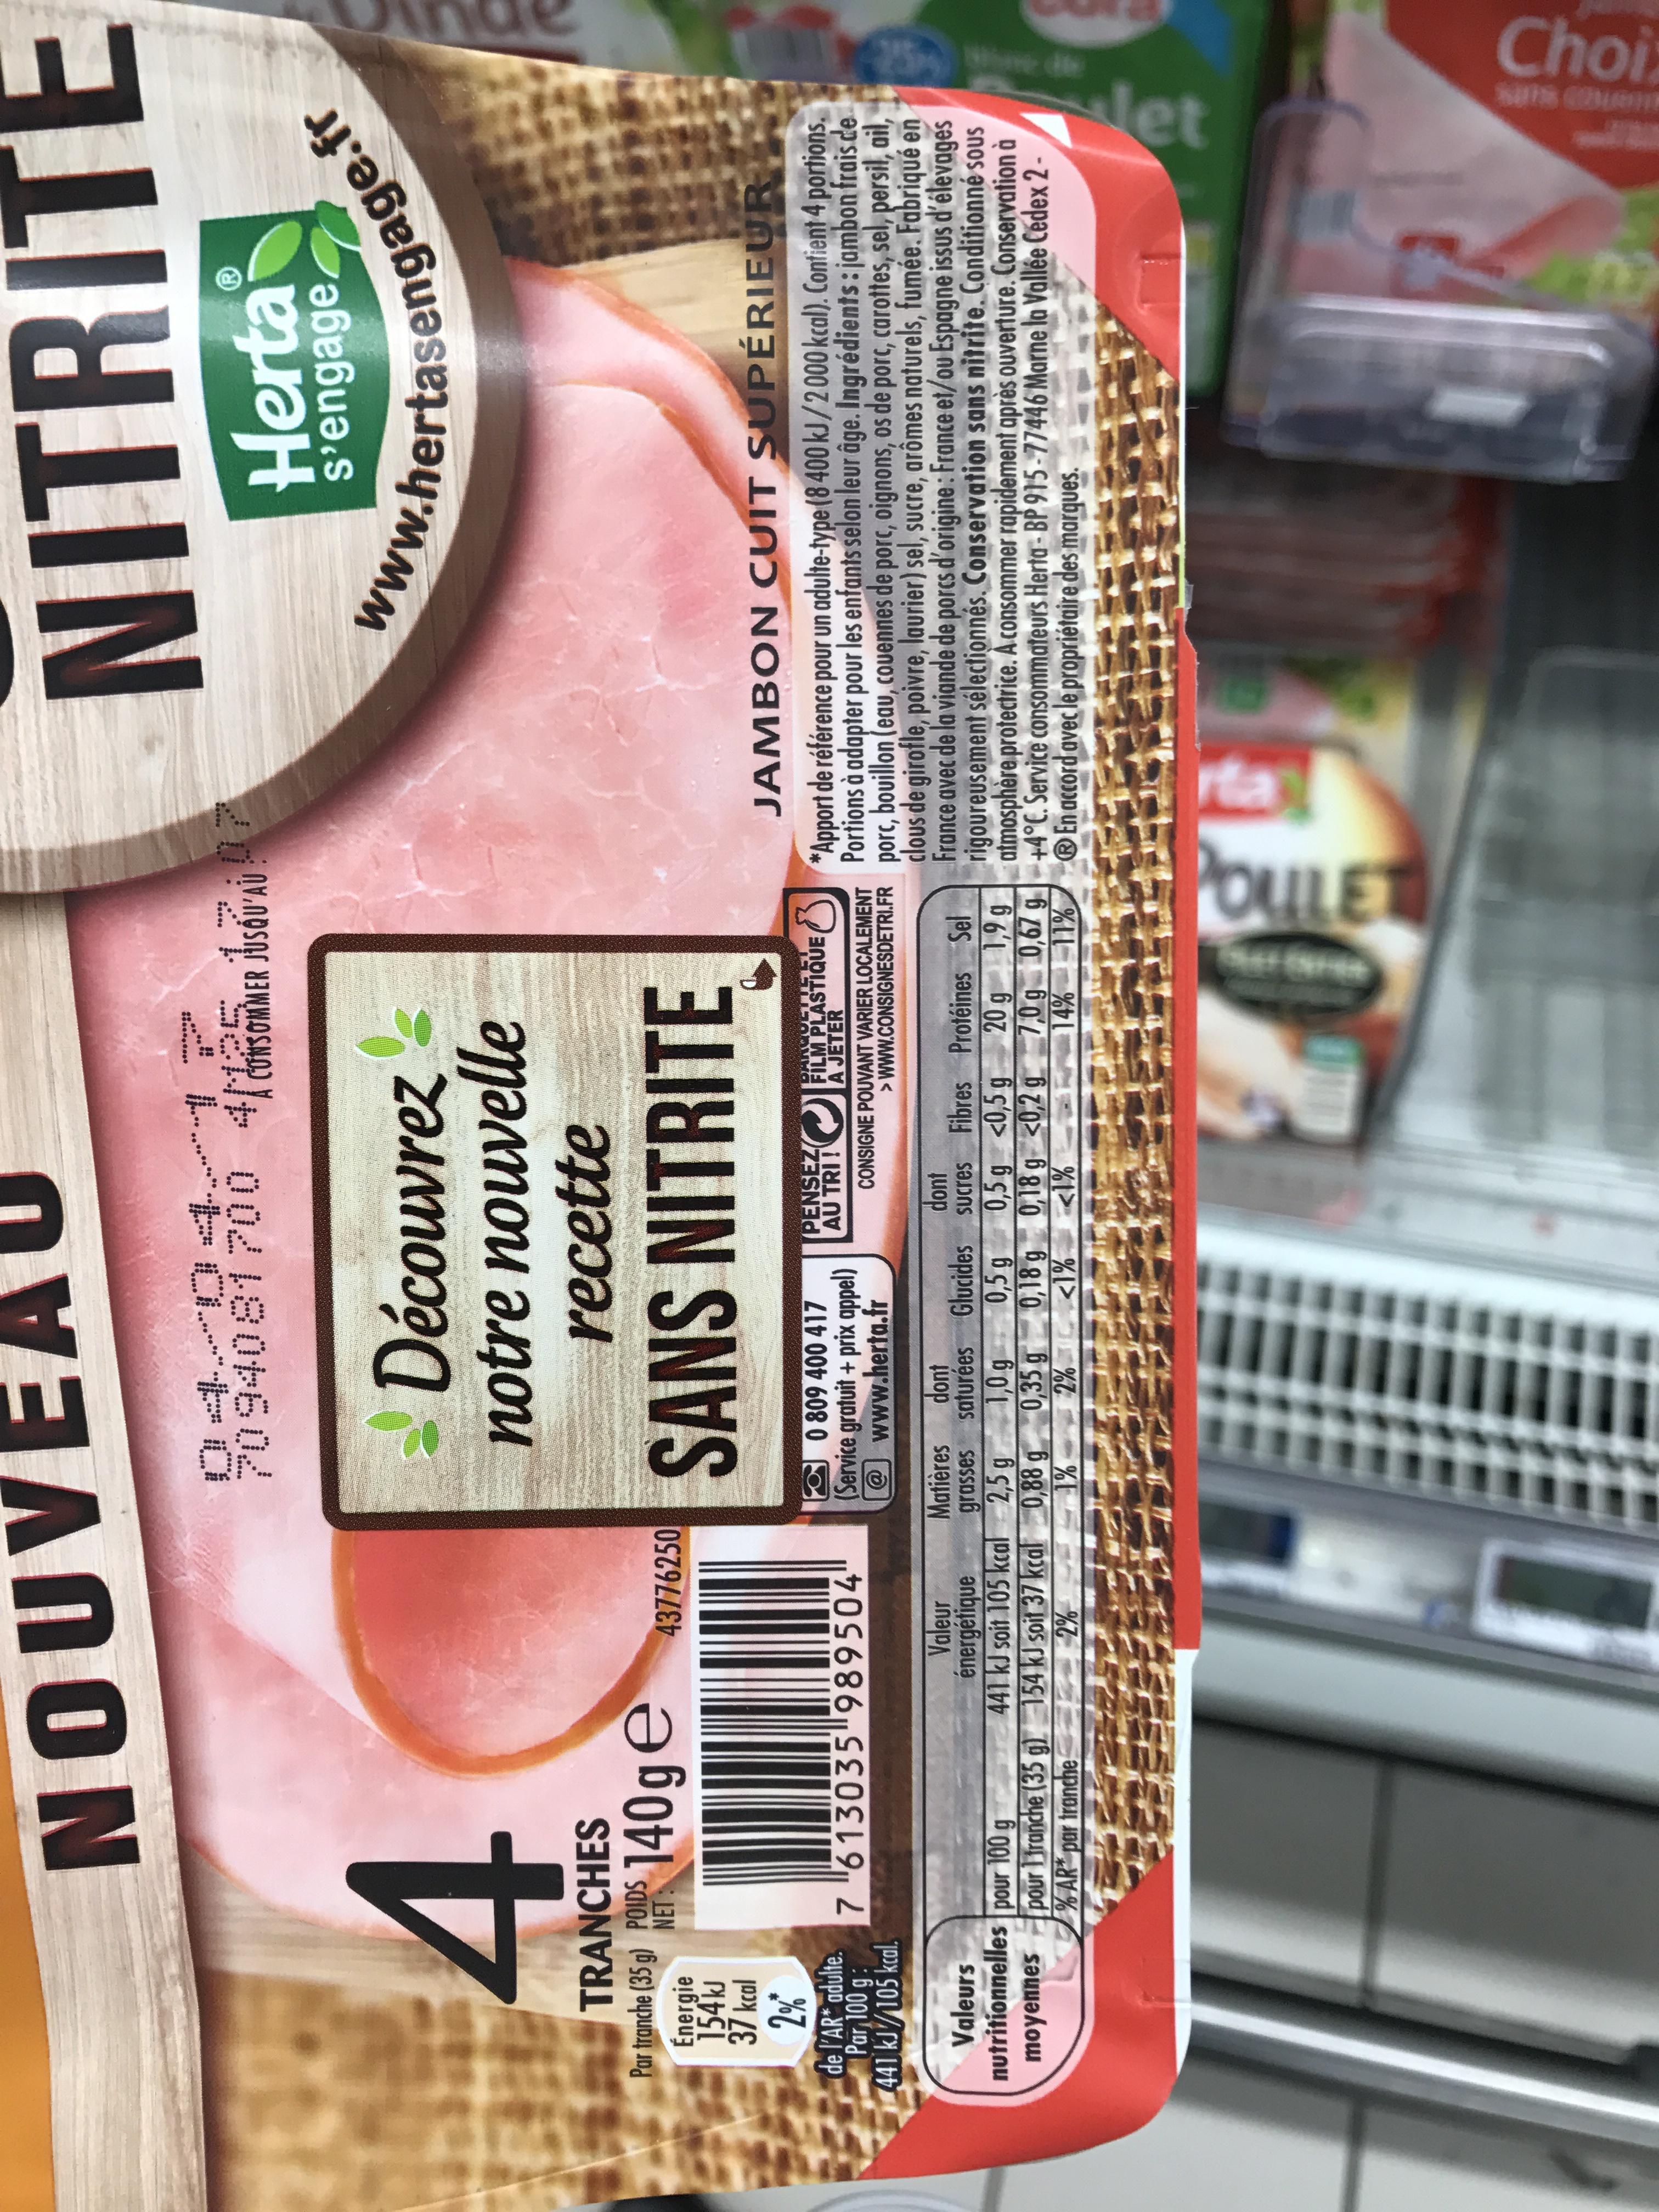
FER
4
TRANCHES
Par tranche (35 g) POIDS
NET:
Énergie 154 kJ
37 kcal 2%*
NOUV
de l'AR* adulte. Par 100 g:
441 kJ/105 kcal.
140ge 140ge 43776250
______
7 "613035"989504
Valeurs nutritionnelles pour 100 g moyennes
pour 1 Tranche (35 g)
% AR* par tranche
Valeur énergétique
441 kJ soit 105 kcal
154 kJ soit 37 kcal 2%
7094081700 41125
Découvrez notre nouvelle
recette
SANS NITRITE
0 809 400 417
(Service gratuit + prix appel) @www.herta.fr
Matières
grasses
2,5 g
0,88 g 1%
dont
saturées
1,0 g
0,35 g
2%
Glucides
0,5 g
0,18 g
<1%
PENSEZ AU TRI !
dont sucres
0,5
0,5 g
g
A CONSOMMER JUSQU'AU
CONSIGNE POUVANT VARIER LOCALEMENT
>WWW.CONSIGNESDETRI.FR
0,18 g
<1%
PR
FILM PLASTIQUE
A JETER
Fibres Protéines
<0,5 g
<0,5 g
<0,2 g
COM
20 g
7,0g
14%
Sel
1,9g
1,9g
0,67 g
11%
NITRITE
Herta
s'engage,
www.hertasengage.fr
JAMBON CUIT SUPÉRIEUR
*Apport de référence pour un adulte-type (8 400 kJ/2000 kcal). Contient 4 portions. Portions à adapter pour les enfants selon leur âge. Ingrédients: jambon frais de porc, bouillon (eau, couennes de porc, oignons, os de porc, carottes, sel, persil, ail, clous de girofle, poivre, laurier) sel, sucre, arômes naturels, fumée. Fabriqué en France avec de la viande de porcs d'origine: France et/ou Espagne issus d'élevages rigoureusement sélectionnés. Conservation sans nitrite. Conditionné sous atmosphère protectrice. A consommer rapidement après ouverture. Conservation à +4°C. Service consommateurs Herta-BP 915-77446 Marne la Vallée Cedex 2En accord avec le propriétaire des marques.
rta
POULET
det
Choi